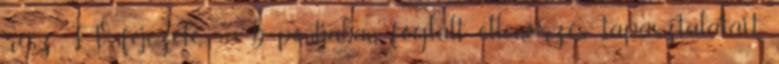
rész IV. fejezete 9.1.3. b pontjában foglalt ellenõrzés tapasztalatait,